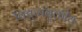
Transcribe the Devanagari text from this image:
विद्युच्चंबुकीय